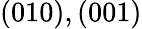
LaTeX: (010),(001)